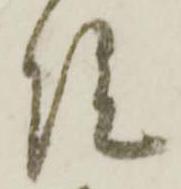
院